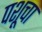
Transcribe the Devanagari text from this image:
पशूचा